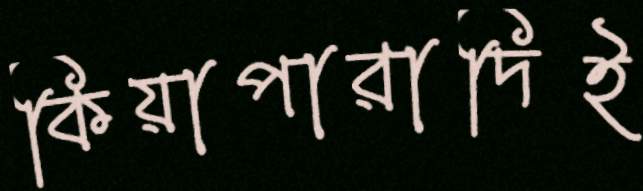
কিয়াপারাদিই